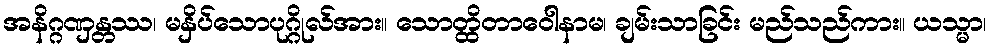
အနိဂ္ဂဏှန္တဿ၊ မနှိပ်သောပုဂ္ဂိုလ်အား။ သောတ္ထိတာဝေါနာမ၊ ချမ်းသာခြင်း မည်သည်ကား။ ယသ္မာ၊